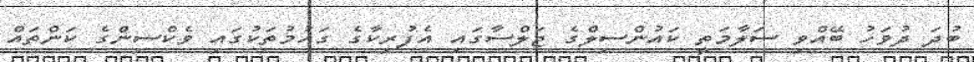
ބުދަ ދުވަހު ބޭއްވި ސަލާމަތީ ކައުންސިލްގެ ޖަލްސާގައި އެފުރިކާގެ ގައުމުތަކުގައި ވެކްސިންގެ ކަންތައް